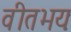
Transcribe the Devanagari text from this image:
वीतभयः